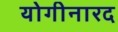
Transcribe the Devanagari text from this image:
योगीनारद